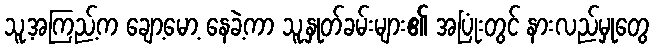
သူ့အကြည့်က ချော့မော့ နေခဲ့ကာ သူ့နှုတ်ခမ်းများ၏ အပြုံးတွင် နားလည်မှုတွေ